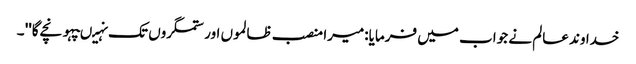
خدا وند عالم نے جواب میں فرمایا:میرا منصب ظالموں اور ستمگروں تک نہیںپہونچے گا'' ۔